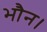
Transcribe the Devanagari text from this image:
भौन।